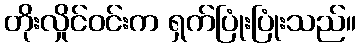
တိုးလှိုင်ဝင်းက ရှက်ပြုံးပြုံးသည်။